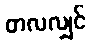
တလလျှင်